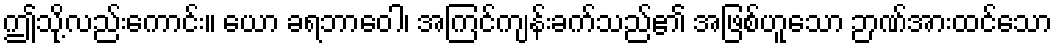
ဤသို့လည်းကောင်း။ ယော ခရဘာဝေါ၊ အကြင်ကျန်းခက်သည်၏ အဖြစ်ဟူသော ဉာဏ်အားထင်သော